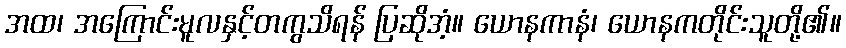
အထ၊ အကြောင်းမူလနှင့်တကွသိရန် ပြဆိုအံ့။ ယောနကာနံ၊ ယောနကတိုင်းသူတို့၏။